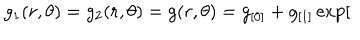
g _ { 1 } ( r , \theta ) = g _ { 2 } ( r , \theta ) = g ( r , \theta ) = g _ { [ 0 ] } + g _ { [ 1 ] } \exp [